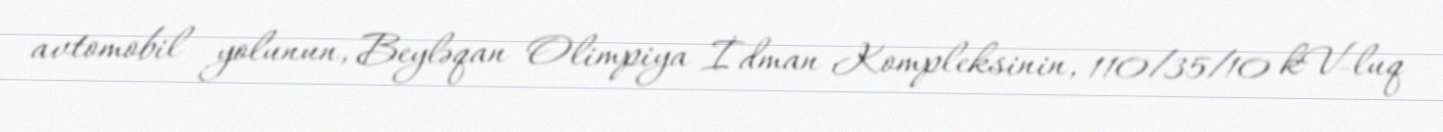
avtomobil yolunun, Beyləqan Olimpiya İdman Kompleksinin, 110/35/10 kV-luq